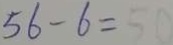
5 6 - 6 = 5 0